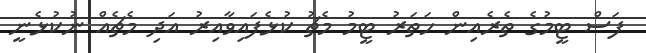
ފަސް ޓީމުގެ ތެރެއިން ހަތަރު ޓީމު މެޗު ކުޅެފައިވާއިރު އަދި މެޗެއް ނުކުޅެނީ